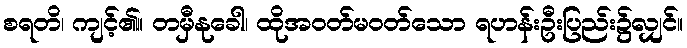
စရတိ၊ ကျင့်၏။ တမှီနုခေါ၊ ထိုအဝတ်မဝတ်သော ရဟန်းဦးပြည်း၌လျှင်။